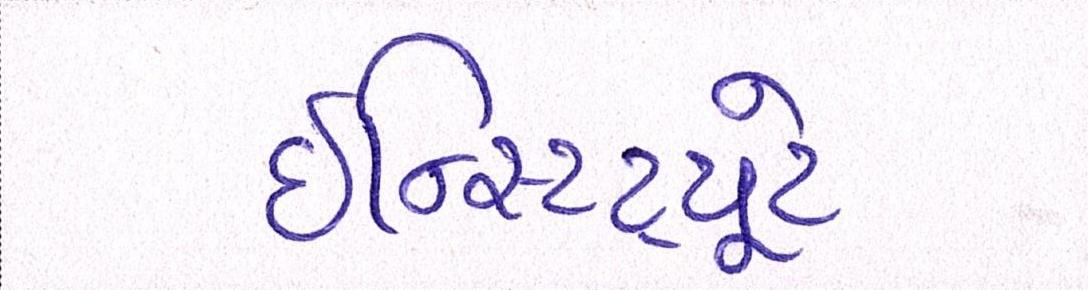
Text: ઇન્સ્ટિટ્યૂટે